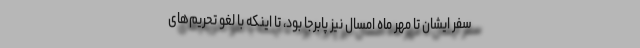
سفر ایشان تا مهر ماه امسال نیز پابرجا بود، تا اینکه با لغو تحریم‌های